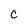
Character: c